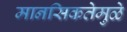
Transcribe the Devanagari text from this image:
मानसिकतेमुळे